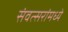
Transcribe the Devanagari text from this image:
संवत्सरांमध्ये